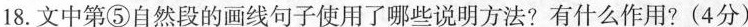
18.文中第⑤自然段的画线句子使用了哪些说明方法?有什么作用?(4分)